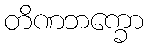
တိဏဘက္ခော